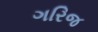
ગરિજ